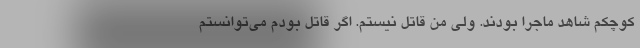
کوچکم شاهد ماجرا بودند. ولی من قاتل نیستم. اگر قاتل بودم می‌توانستم